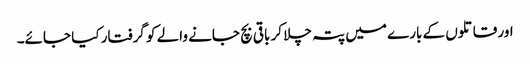
اور قاتلوں کے بارے میں پتہ چلا کر باقی بچ جانے والے کو گرفتار کیا جائے۔